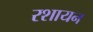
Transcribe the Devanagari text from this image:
रशायन